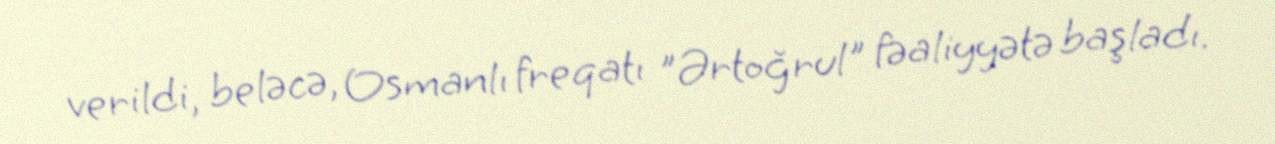
verildi, beləcə, Osmanlı freqatı "Ərtoğrul" fəaliyyətə başladı.